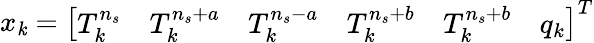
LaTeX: x_{\mathit{k}}=\left[\begin{array}{llllll}{T_{k}^{n_{s}}}&{T_{k}^{n_{s}+a}}&{T_{k}^{n_{s}-a}}&{T_{k}^{n_{s}+b}}&{T_{k}^{n_{s}+b}}&{q_{k}}\end{array}\right]^{T}